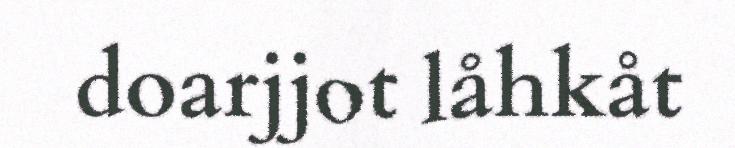
doarjjot låhkåt